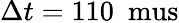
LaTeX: \Delta t=110~\mathrm{\ mus}